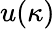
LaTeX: u(\kappa)